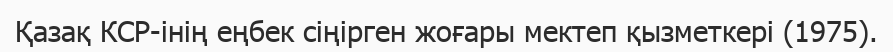
Қазақ КСР-інің еңбек сіңірген жоғары мектеп қызметкері (1975).